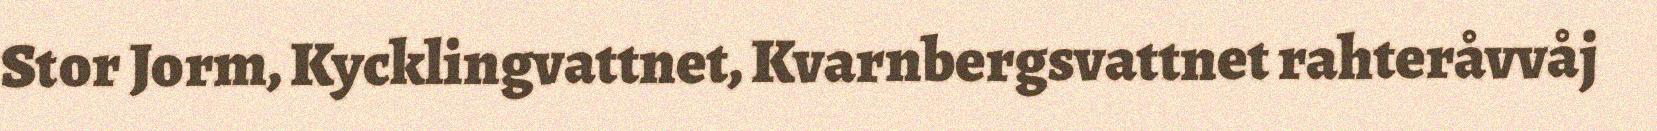
Stor Jorm, Kycklingvattnet, Kvarnbergsvattnet rahteråvvåj